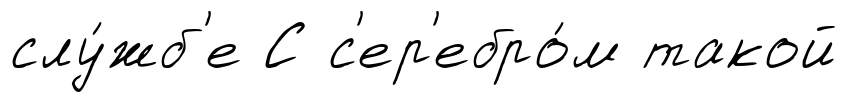
слу́жб'е С с'ер'ебро́м такой